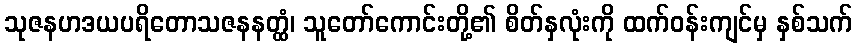
သုဇနဟဒယပရိတောသဇနနတ္ထံ၊ သူတော်ကောင်းတို့၏ စိတ်နှလုံးကို ထက်ဝန်းကျင်မှ နှစ်သက်